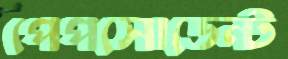
পেপসোডেন্ট